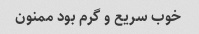
خوب سریع و گرم بود ممنون